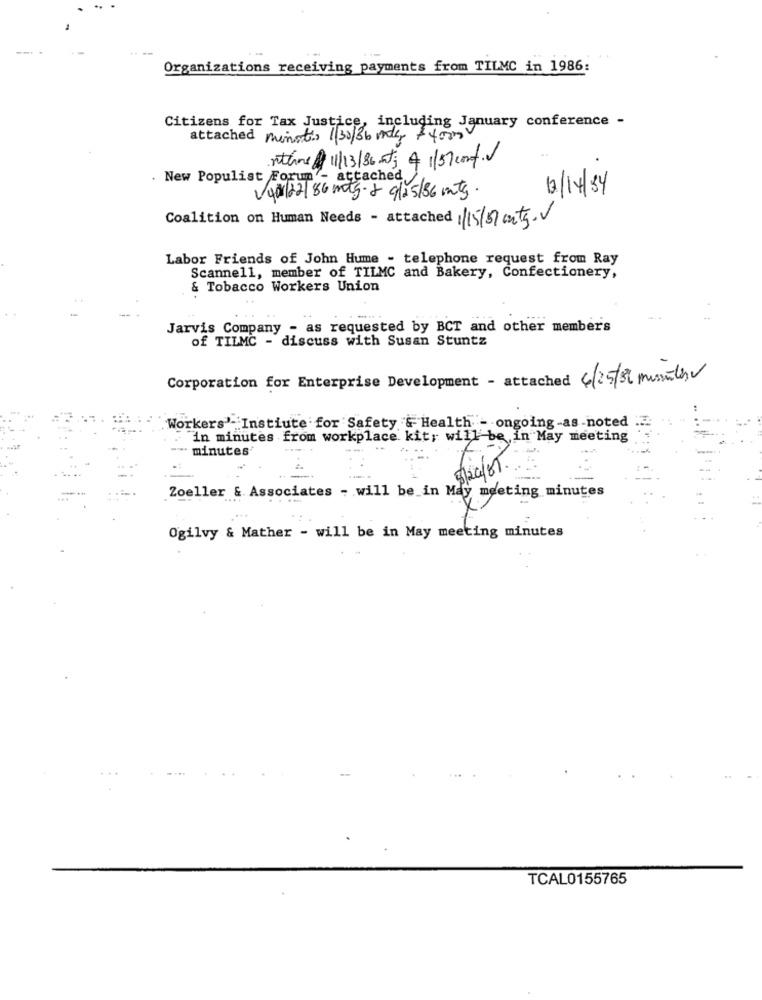
Organizations receiving payments from TILMC in 1986:
Citizens for Tax Justice, including January conference -
attached minutes 1/30/36 may +4000
rthne 11/13/86 at; 4 1157 conf.
. New Populist Forum - attached
13/14/34
/00/02/86 mtg-2 9/05/86 mts.
Coalition on Human Needs - attached 1/15/57 ont5.v
Labor Friends of John Hume - telephone request from Ray
Scannell, member of TILMC and Bakery, Confectionery,
& Tobacco Workers Union
Jarvis Company - as requested by BCT and other members
of TILMC - discuss with Susan Stuntz
Corporation for Enterprise Development - attached 6/25/30 minuter
Workers' Instiute for Safety & Health - ongoing-as-noted
in minutes from workplace kit; will be,in May meeting
minutes'
Zoeller & Associates - will be in May meeting minutes
Ogilvy & Mather - will be in May meeting minutes
TCAL0155765